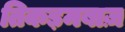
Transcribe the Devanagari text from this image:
तिकड़मबाज़